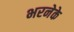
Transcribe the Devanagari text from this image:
भरनेके